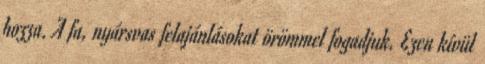
hozza. A fa, nyársvas felajánlásokat örömmel fogadjuk. Ezen kívül